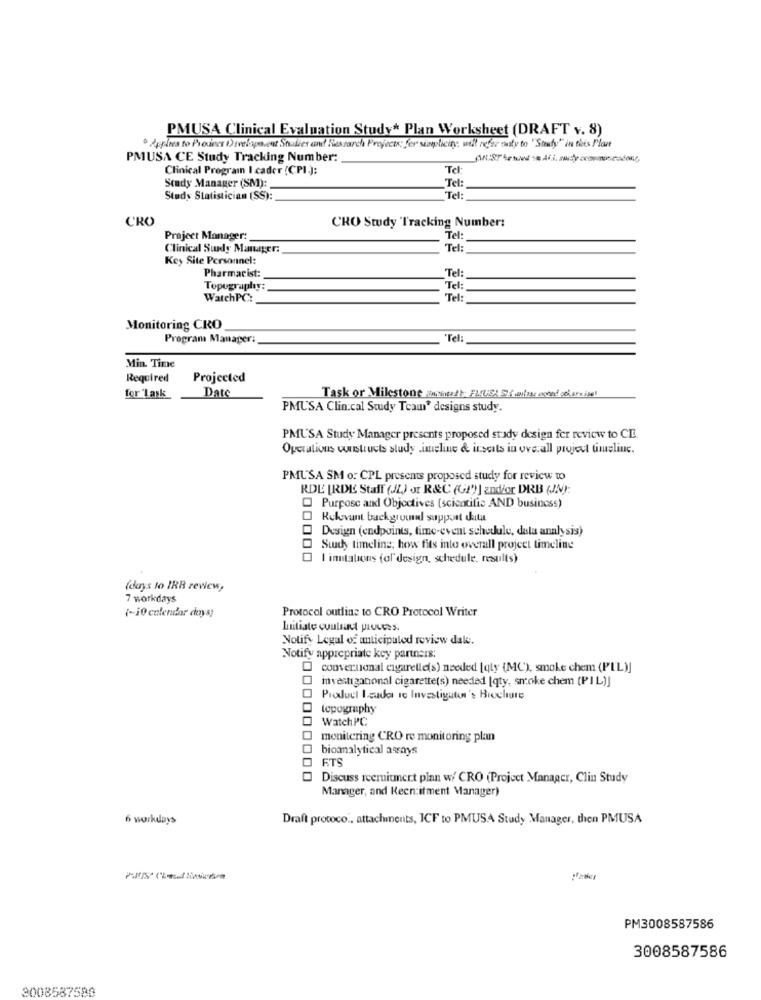
PMUSA Clinical Evaluation Study* Plan Worksheet (DRAFT v. 8)
º Applies to Prones Divelopovent Shalles and Research Projectx: for sinplicing, will refar outy to " Steady"" in this Plant
PMUSA CE Study Tracking Number:
Clinical Programn I cader (CPI.):
Study Manager (SM):
Tel:
Study Statistician (SS):
Tel:
CRO
CRO Study 'Tracking Number:
Project Manager:
Tel:
Clinical Study Manager:
Tel:
Key Site Personnel:
Pharmacist:
Tel:
Topography
Tel:
WatchPC:
Tel:
Monitoring CRO
Program Manager
Tel:
Min. Time
Required
Projected
Date
for 'Lask
Task or Milestone aiheeft FLUSH Steiluse noted otisreise!
PMUSA Clinical Study Team" designs study.
PMUSA Study Manager presents proposed study design fer review to CE.
Operations constructs study .imeline & inserts in overall project timeline.
PMUSA SM o: CPL presents proposed study for review to
RDE IRDE Staff (JL) Jr R&C (Gf')] and/or DRB (JN):
Purpose and Objectives (scientific AND business)
O Relevant background support data
Design (endpoints, time-event schedule, data analysis)
Study timeline; how fits into overall project timeline
I imutations fol' design, schedule. results)
(days to IRB review,
7 workdays
Protocol outline to CRO Protocol Writer
(-10 calendar days]
Notify Legal of anticipatod review dak.
Notify appropriate key partners:
O converumnal cigaretle(s) needed [qty (MC), smoke chem (PIL)
investigational cigarette(s) needed [qty, smoke chem (PIL)]
Product Izada Ic Investigator's Brochure
topography
Watch PC
monitering CRO re monitoring plan
bioanalytical assays
FTS
000000000
Discuss recruitment plan w/ CRO (Project Manager, Clin Study
Manager, and Kecn:itment Manager)
6 workdays
Draft protoco ., attachments, ICF to PMUSA Study Manager, then PMUSA
PM3008587586
3008587586
3008587580